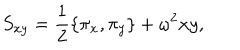
S _ { x y } = \frac { 1 } { 2 } \{ \pi _ { x } , \pi _ { y } \} + \omega ^ { 2 } x y ,